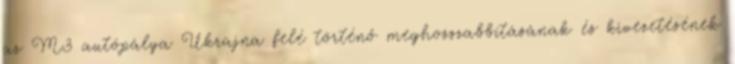
az M3 autópálya Ukrajna felé történő meghosszabbításának és kivezetésének